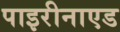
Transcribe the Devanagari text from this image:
पाइरीनाएड